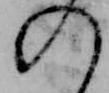
の